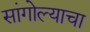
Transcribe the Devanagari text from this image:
सांगोल्याचा